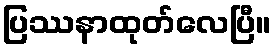
ပြဿနာထုတ်လေပြီ။